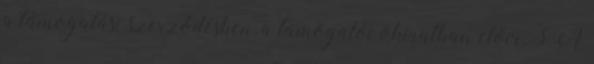
a támogatási szerződésben, a támogatói okiratban előír. 3 A